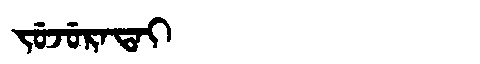
Manchu: ᠵᡠᠵᡠᡵᠠᡨᠠᡳ
Romanization: JUJURATAI